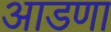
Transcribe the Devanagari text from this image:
आडणा